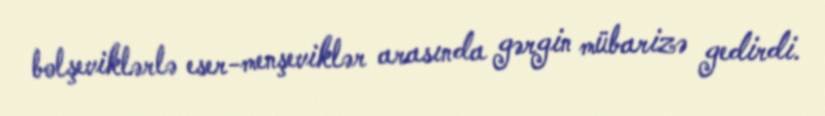
bolşeviklərlə eser-menşeviklər arasında gərgin mübarizə gedirdi.